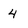
Character: 4